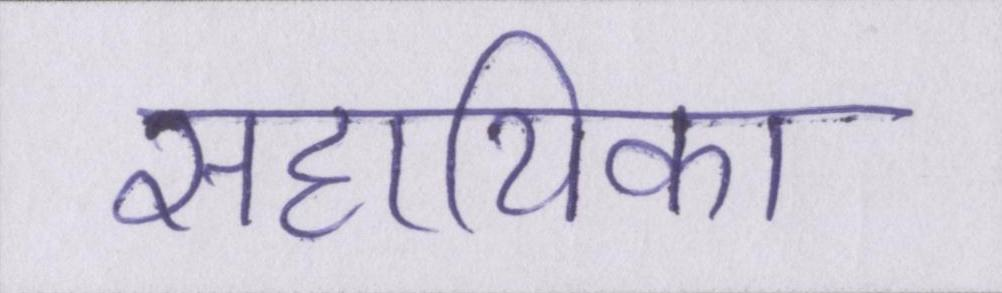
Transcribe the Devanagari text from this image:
सहायिका